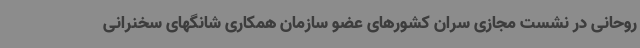
روحانی در نشست مجازی سران کشورهای عضو سازمان همکاری شانگهای سخنرانی